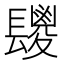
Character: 𮤆